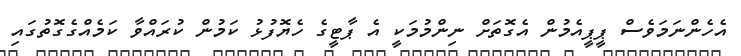
އެހެންނަމަވެސް ޕީޕީއެމުން އެގޮތަށް ނިންމުމަކީ އެ ޕާޓީގެ ހެޔޮފުޅު ކަމުން ކުރައްވާ ކަމެއްގެގޮތުގައި